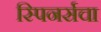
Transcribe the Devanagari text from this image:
स्पिनर्सचा